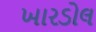
ખારડોલ